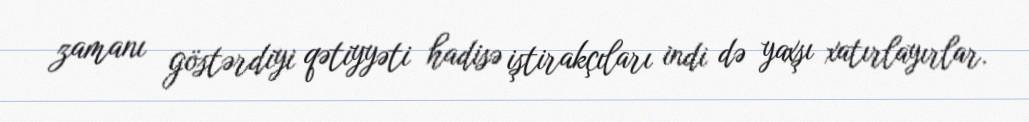
zamanı göstərdiyi qətiyyəti hadisə iştirakçıları indi də yaxşı xatırlayırlar.